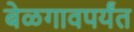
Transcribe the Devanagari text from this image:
बेळगावपर्यंत